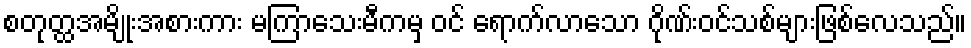
စတုတ္ထအမျိုးအစားကား မကြာသေးမီကမှ ဝင် ရောက်လာသော ဂိုဏ်းဝင်သစ်များဖြစ်လေသည်။